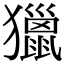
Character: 獵